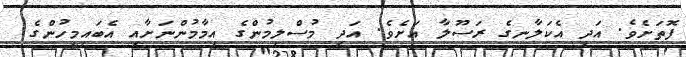
ފޮތަށެވެ. އަދި އެކަލާނގެ ރަސޫލާ އަށެވެ. އަދި މުސްލިމުންގެ އިމާމުންނަށާއި އެބައިމީހުންގެ